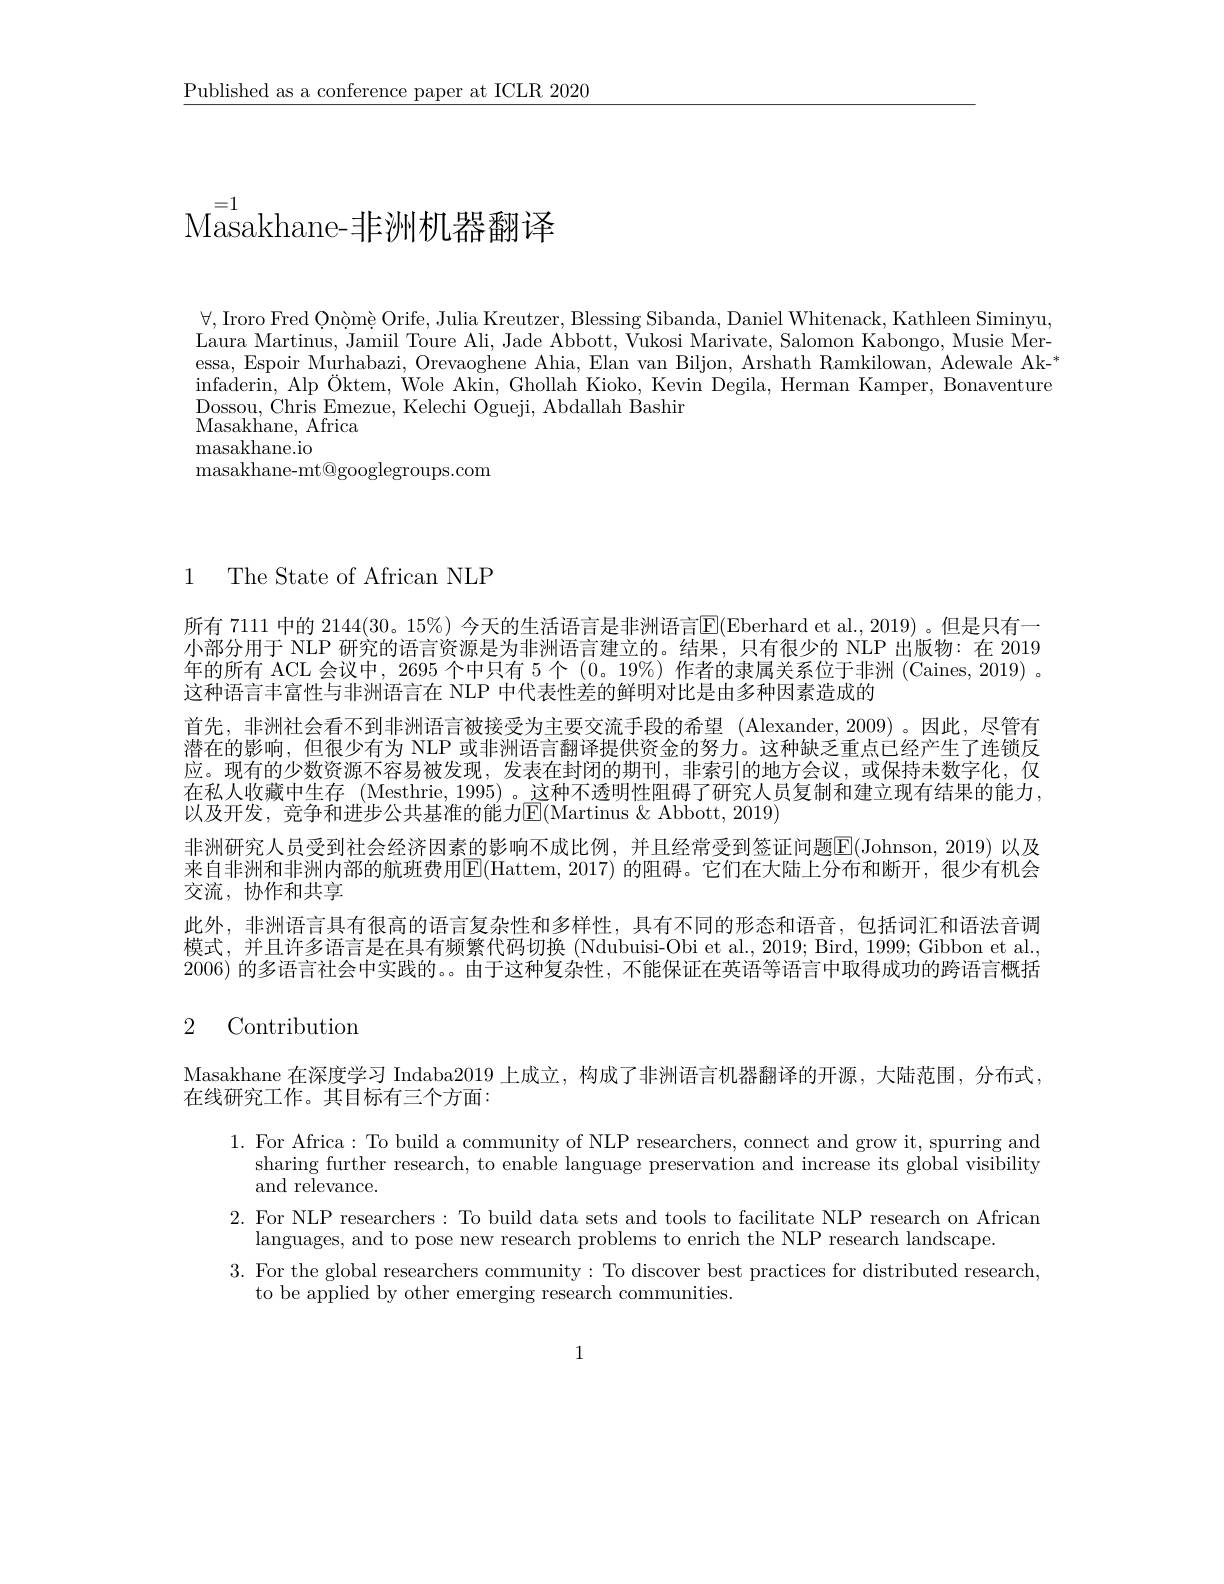
$\underline{{\text{Published as a conference paper at ICLR 2020}}}$

# $\mathrm{Masakhane-非洲机器翻译}^{=1}$

$\forall$,Iroro Fred Ọnòmè Orife, Julia Kreutzer, Blessing Sibanda, Daniel Whitenack, Kathleen Siminyu, Laura Martinus, Jamiil Toure Ali, Jade Abbott, Vukosi Marivate, Salomon Kabongo, Musie Meressa, Espoir Murhabazi, Orevaoghene Ahia, Elan van Biljon, Arshath Ramkilowan, Adewale Akinfaderin, Alp $\text{\" {O}ktem, Wole Akin, GhollahKioko, KevinDegila, HermanKamper, Bonaventure}$ Dossou, Chris Emezue, Kelechi Ogueji, Abdallah Bashir
Masakhane, Africa
masakhane.io
${\mathrm{masakhane-mt@googlegroups.com}}$

1 The State of African NLP

所有 7111 中的 2144(30。15%) 今天的生活语言是非洲语言$\mathbb{E}($Eberhard et al.,2019) 。但是只有一小部分用于 NLP 研究的语言资源是为非洲语言建立的。结果，只有很少的 NLP 出版物：在 2019年的所有 ACL 会议中，2695 个中只有 5 个 (0。19%) 作者的隶属关系位于非洲 (Caines,2019) 。这种语言丰富性与非洲语言在 NLP 中代表性差的鲜明对比是由多种因素造成的
首先，非洲社会看不到非洲语言被接受为主要交流手段的希望 (Alexander,2009)。因此，尽管有潜在的影响，但很少有为 NLP 或非洲语言翻译提供资金的努力。这种缺乏重点已经产生了连锁反应。现有的少数资源不容易被发现，发表在封闭的期刊，非索引的地方会议，或保持未数字化，仅在私人收藏中生存 (Mesthrie, 1995)。这种不透明性阻碍了研究人员复制和建立现有结果的能力， 以及开发，竞争和进步公共基准的能力E(Martinus &Abbott, 2019)
非洲研究人员受到社会经济因素的影响不成比例，并且经常受到签证问题E(Johnson,2019) 以及来自非洲和非洲内部的航班费用E(Hattem,2017)的阻碍。它们在大陆上分布和断开，很少有机会交流，协作和共享
此外，非洲语言具有很高的语言复杂性和多样性，具有不同的形态和语音，包括词汇和语法音调模式，并且许多语言是在具有频繁代码切换 (Ndubuisi-Obi et al., 2019; Bird, 1999; Gibbon et al. 2006)的多语言社会中实践的。由于这种复杂性，不能保证在英语等语言中取得成功的跨语言概括2 Contribution

Masakhane 在深度学习 Indaba2019 上成立，构成了非洲语言机器翻译的开源，大陆范围，分布式，

在线研究工作。其目标有三个方面：

1. For Africa: To build a community of NLP researchers, connect and grow it, spurring and
sharing further research, to enable language preservation and increase its global visibility
and relevance.
2. For NLP researchers: To build data sets and tools to facilitate NLP research on Africam
languages, and to pose new research problems to enrich the NLP research landscape
3. For the global researchers community: To discover best practices for distributed research,
to be applied by other emerging research communities.

1